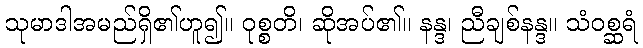
သုမာဒါအမည်ရှိ၏ဟူ၍။ ဝုစ္စတိ၊ ဆိုအပ်၏။ နန္ဒ၊ ညီချစ်နန္ဒ။ သံဝစ္ဆရံ